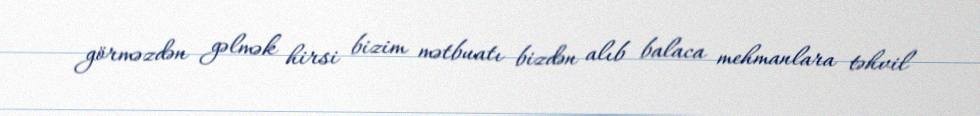
görməzdən gəlmək hirsi bizim mətbuatı bizdən alıb balaca mehmanlara təhvil